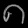
Digit: ၈